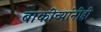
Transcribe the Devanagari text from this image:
बाकीच्यांनीही